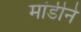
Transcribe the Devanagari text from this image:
मांडीने